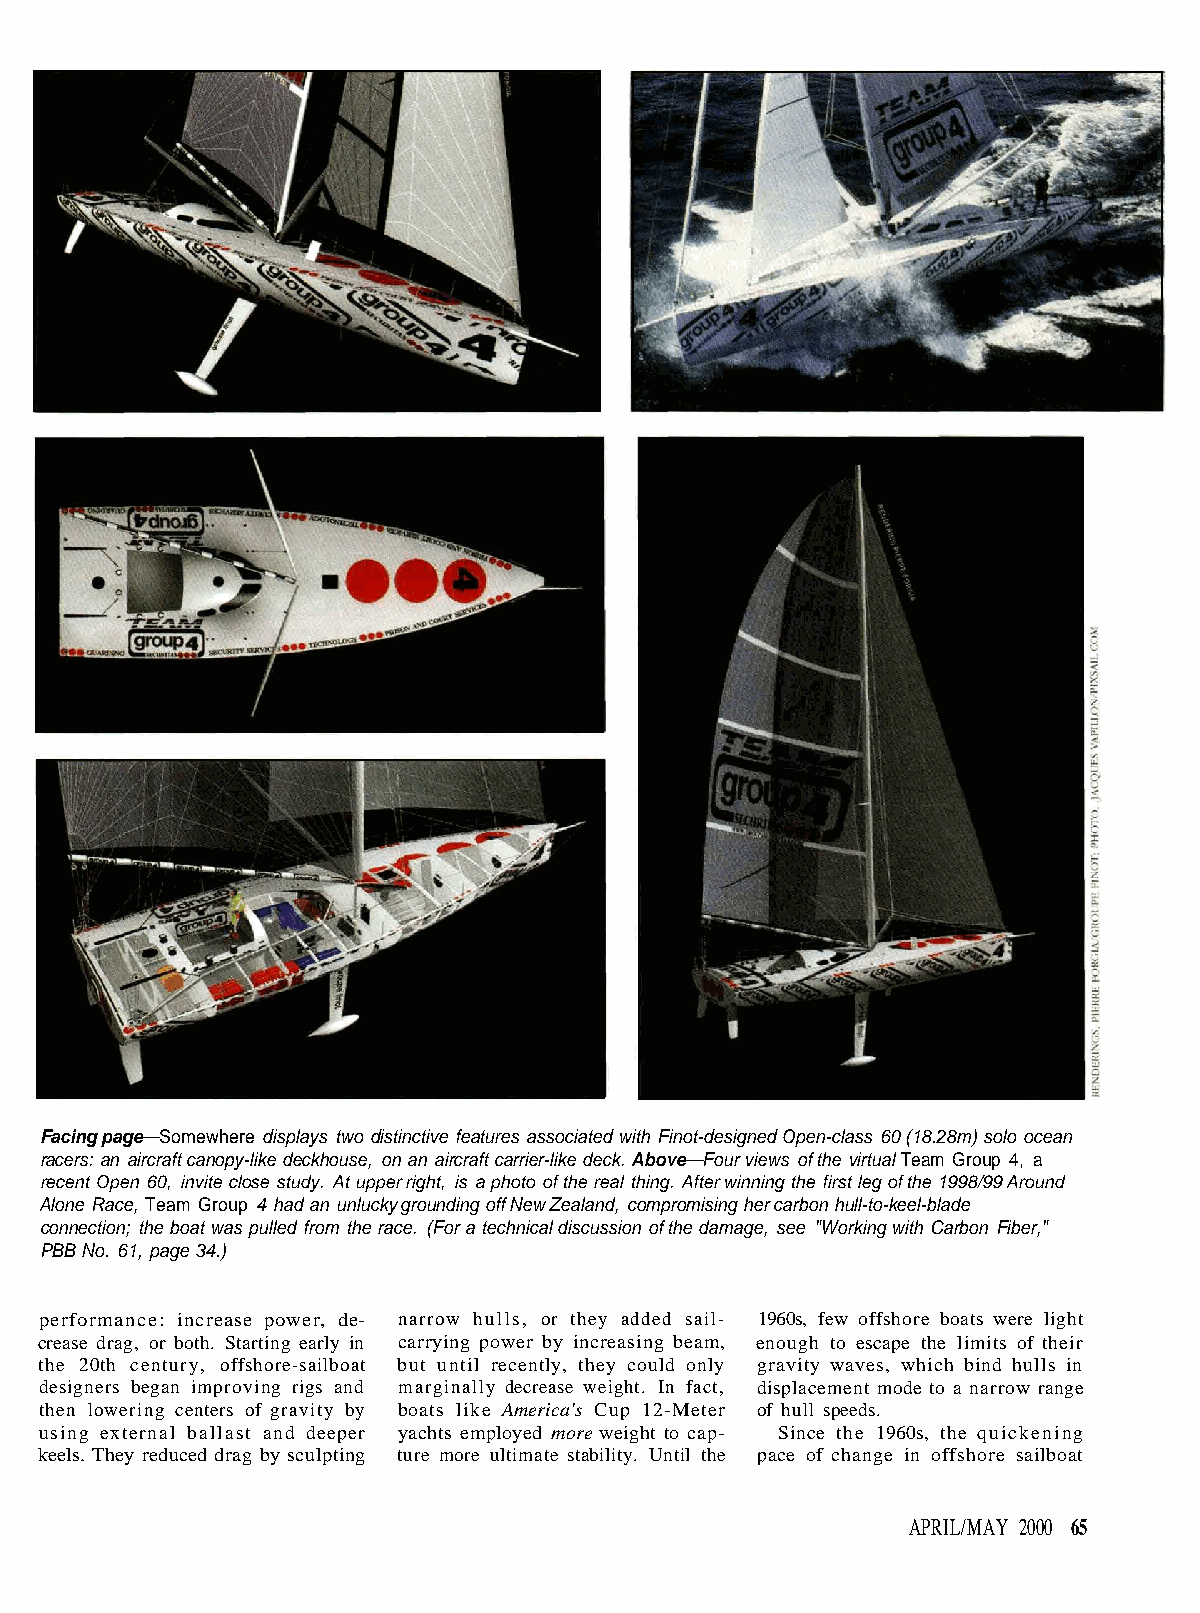
Facing page—Somewhere displays two distinctive features associated with Finot-designed Open-class 60 (18.28m) solo ocean
 racers: an aircraft canopy-like deckhouse, on an aircraft carrier-like deck. Above—Four views of the virtual Team Group 4, a
 recent Open 60, invite close study. At upper right, is a photo of the real thing. After winning the first leg of the 1998/99 Around
 Alone Race, Team Group 4 had an unlucky grounding off New Zealand, compromising her carbon hull-to-keel-blade
 connection; the boat was pulled from the race. (For a technical discussion of the damage, see "Working with Carbon Fiber,"
 PBB No. 61, page 34.)
 performance: increase power, de- narrow hulls, or they added sail- 1960s, few offshore boats were light
 crease drag, or both. Starting early in carrying power by increasing beam, enough to escape the limits of their
 the 20th century, offshore-sailboat but until recently, they could only gravity waves, which bind hulls in
 designers began improving rigs and marginally decrease weight. In fact, displacement mode to a narrow range
 then lowering centers of gravity by boats like America's Cup 12-Meter of hull speeds.
 using external ballast and deeper yachts employed more weight to cap- Since the 1960s, the quickening
 keels. They reduced drag by sculpting ture more ultimate stability. Until the pace of change in offshore sailboat
 APRIL/MAY 2000 65